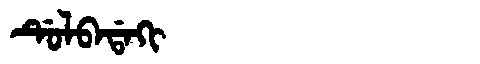
Manchu: ᡩᡠᠯᠪᠠᡩᠠᡴᡳ
Romanization: DULBADAKI